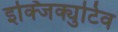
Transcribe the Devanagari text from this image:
इक्जिक्युटिव